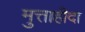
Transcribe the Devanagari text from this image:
मुत्ताहीदा